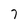
Character: 7